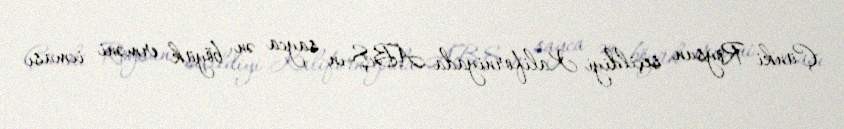
Çünki Roysun seçildiyi Kaliforniyada ABŞ-ın sayca ən böyük erməni icması